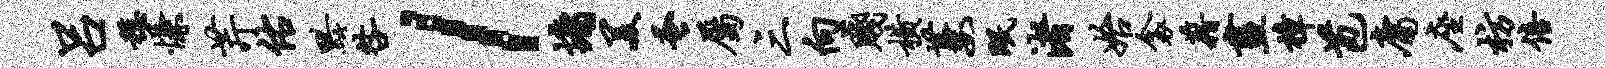
吕稳慊芹佑黔咎l墉美蚤属三向贱横萋眠渚始衾藉画樟苞庸座枋倍